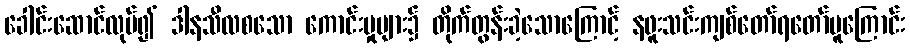
ခေါင်းဆောင်လုပ်၍ ဒါနသီလစသော ကောင်းမှုများ၌ တိုက်တွန်းခဲ့သောကြောင့် နဖူးသင်းကျစ်တော်ရတော်မူကြောင်း